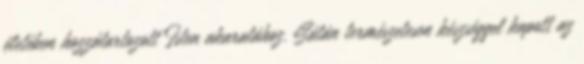
életében hozzátartozott Isten akaratához. Sátán természetesen készséggel kapott az